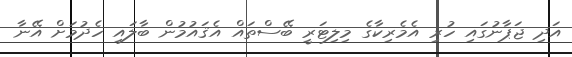
އަދި ޖަޕާނުގައި ހުރި އެމެރިކާގެ މިލިޓަރީ ބޭސްތައް އެޤައުމުން ބާލައި ހެދުމަށް އޭނާ